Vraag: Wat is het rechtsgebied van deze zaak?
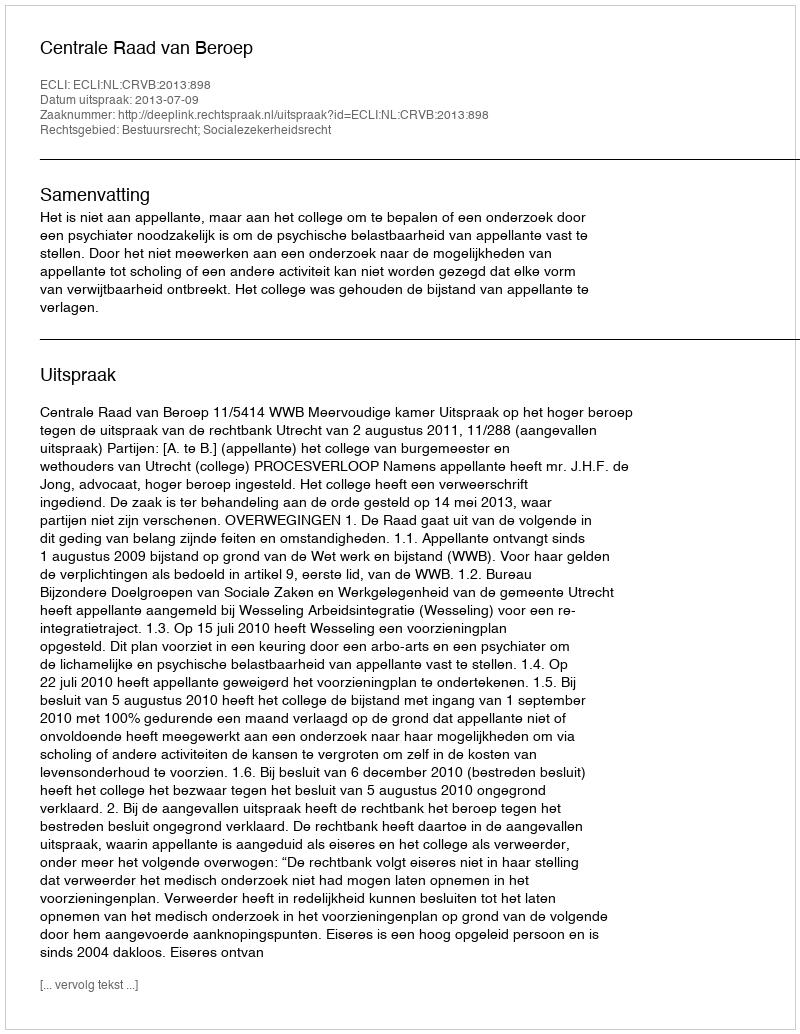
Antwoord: Bestuursrecht; Socialezekerheidsrecht